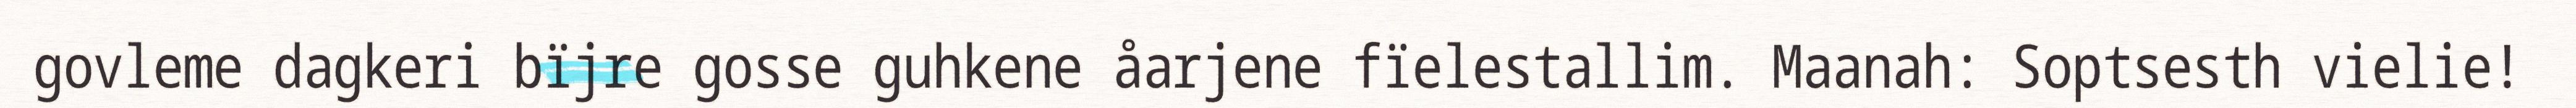
govleme dagkeri bïjre gosse guhkene åarjene fïelestallim. Maanah: Soptsesth vielie!